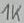
Text: 1k